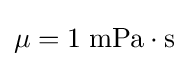
\mu =1\;{\text{mPa}}\cdot {\text{s}}